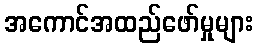
အကောင်အထည်ဖော်မှုများ